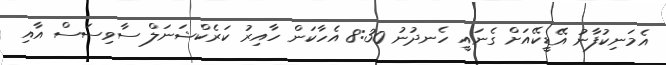
އެމަނިކުފާނު އޭޑީކޭއަށް ގެނައީ ހެނދުނު 8:30 އެހާކަން ހާއިރު ކަރެކްޝަނަލް ސާވިސަސް އާއި